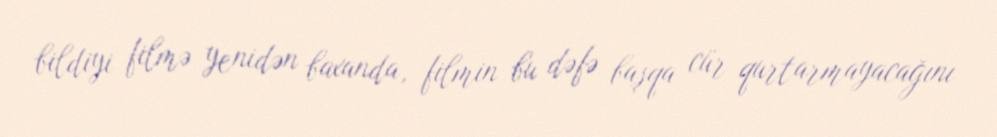
bildiyi filmə yenidən baxanda, filmin bu dəfə başqa cür qurtarmayacağını